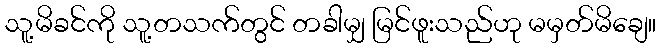
သူ့မိခင်ကို သူ့တသက်တွင် တခါမျှ မြင်ဖူးသည်ဟု မမှတ်မိချေ။